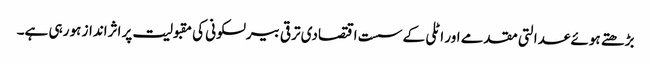
بڑھتے ہوئے عدالتی مقدمے اور اٹلی کے سست اقتصادی ترقی بیرلسکونی کی مقبولیت پر اثرانداز ہو رہی ہے۔